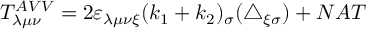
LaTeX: T _ { \lambda \mu \nu } ^ { A V V } = 2 \varepsilon _ { \lambda \mu \nu \xi } ( k _ { 1 } + k _ { 2 } ) _ { \sigma } ( \triangle _ { \xi \sigma } ) + N A T